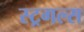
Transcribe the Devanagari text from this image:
स्ट्रगल्स